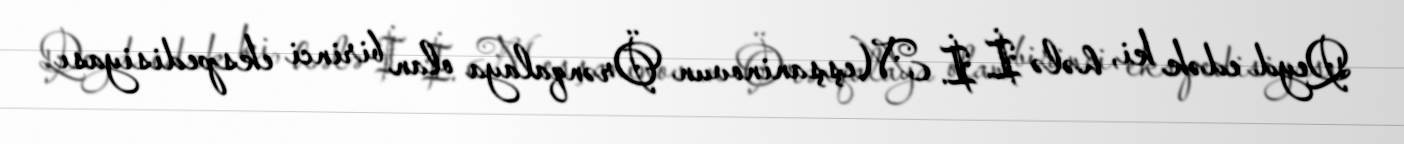
Qeyd edək ki, hələ İ. İ. Meşşaninovun Örənqalaya olan birinci ekspedisiyası